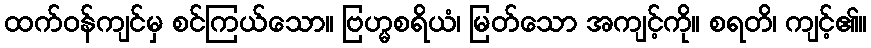
ထက်ဝန်ကျင်မှ စင်ကြယ်သော။ ဗြဟ္မစရိယံ၊ မြတ်သော အကျင့်ကို။ စရတိ၊ ကျင့်၏။